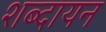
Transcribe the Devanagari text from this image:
शब्दायन